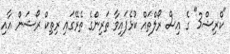
"ކްރިޝް3" ގެ އިސް ރޯލްތައް ކުޅެފައިވާ ތަރިންގެ ތެރޭގައި ރިތިކް ރޯޝަން އާއި